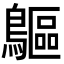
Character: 䳼